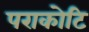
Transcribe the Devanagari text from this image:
पराकोटि